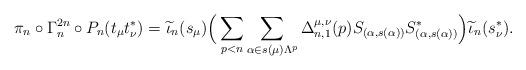
LaTeX: \begin{align*}\pi_n \circ \Gamma^{2n}_n \circ P_n(t_\mu t^*_\nu) = \widetilde{\iota}_{n} (s_{\mu}) \Big(\sum_{p < n} \sum_{\alpha \in s(\mu) \Lambda^{p}} \Delta_{n,1}^{\mu, \nu}(p) S_{(\alpha, s(\alpha))} S_{(\alpha, s(\alpha))}^{*} \Big) \widetilde{\iota}_{n} (s_\nu^{*}).\end{align*}